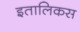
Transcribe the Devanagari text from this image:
इतालिकस